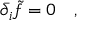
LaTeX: \bar { \partial } _ { i } \tilde { f } = 0 \quad ,